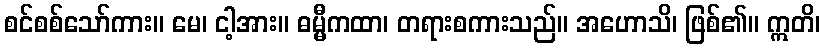
စင်စစ်သော်ကား။ မေ၊ ငါ့အား။ ဓမ္မီကထာ၊ တရားစကားသည်။ အဟောသိ၊ ဖြစ်၏။ ဣတိ၊